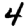
Digit: 4